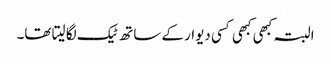
البتہ کبھی کبھی کسی دیوار کے ساتھ ٹیک لگا لیتا تھا۔